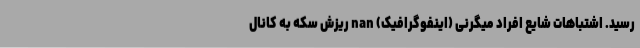
رسید. اشتباهات شایع افراد میگرنی (اینفوگرافیک) nan ریزش سکه به کانال